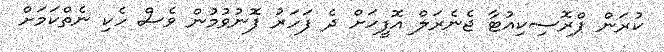
ކުރަން ޕްރޮސިކިއުޓާ ޖެނެރަލް އޮފީހަށް ދެ ފަހަރު ފޮނުވުމުން ވެސް ހެކި ނެތްކަމަށް